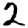
Digit: 2